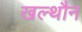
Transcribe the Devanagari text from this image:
खल्थौन